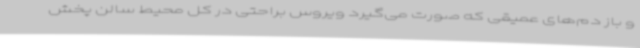
و باز دم‌های عمیقی که صورت می‌گیرد ویروس براحتی در کل محیط سالن پخش